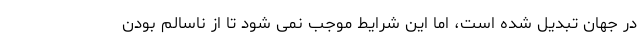
در جهان تبدیل شده است، اما این شرایط موجب نمی شود تا از ناسالم بودن